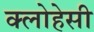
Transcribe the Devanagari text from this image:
क्लोहेसी